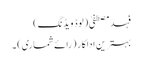
فہد مصطفیٰ (لوڈ ویڈنگ)
بہترین اداکار (رائے شماری) ۔